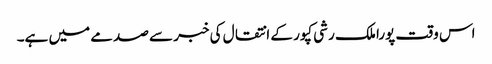
اس وقت پورا ملک رشی کپور کے انتقال کی خبر سے صدمے میں ہے۔